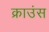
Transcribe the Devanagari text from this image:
क्राउंस